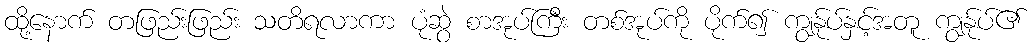
ထို့နောက် တဖြည်းဖြည်း သတိရလာကာ ပုံဆွဲ စာအုပ်ကြီး တစ်အုပ်ကို ပိုက်၍ ကျွန်ုပ်နှင့်အတူ ကျွန်ုပ်၏